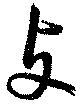
攴